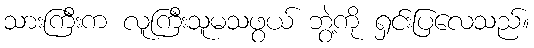
သားကြီးက လူကြီးသူမသဖွယ် ဘွဲ့ကို ရှင်းပြလေသည်။